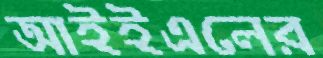
আইইএলের